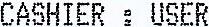
CASHIER: USER